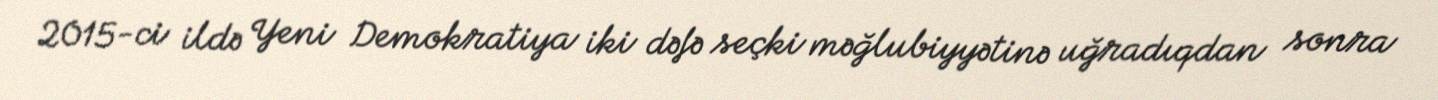
2015-ci ildə Yeni Demokratiya iki dəfə seçki məğlubiyyətinə uğradıqdan sonra